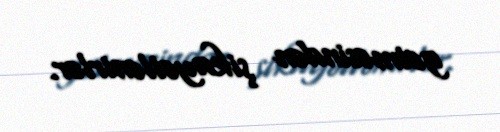
getməsindən şikayətlənirlər.